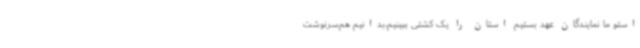
استو ما نمایندگان عهد بستیم استان را یک کشتی ببینیم،بدانیم هم‌سرنوشت